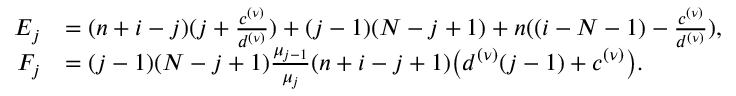
\begin{array} { r l } { E _ { j } } & { = ( n + i - j ) ( j + \frac { c ^ { ( \nu ) } } { d ^ { ( \nu ) } } ) + ( j - 1 ) ( N - j + 1 ) + n ( ( i - N - 1 ) - \frac { c ^ { ( \nu ) } } { d ^ { ( \nu ) } } ) , } \\ { F _ { j } } & { = ( j - 1 ) ( N - j + 1 ) \frac { \mu _ { j - 1 } } { \mu _ { j } } ( n + i - j + 1 ) \big ( d ^ { ( \nu ) } ( j - 1 ) + c ^ { ( \nu ) } \big ) . } \end{array}